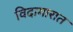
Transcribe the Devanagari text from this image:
विदागारात